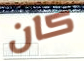
كان